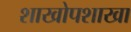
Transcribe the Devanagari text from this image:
शाखोपशाखा